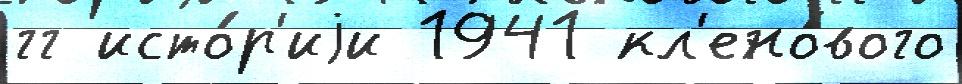
гг исто́р'иjи 1941 кл'ено́вого